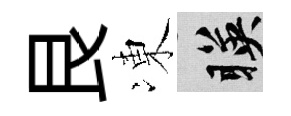
艮凍暎